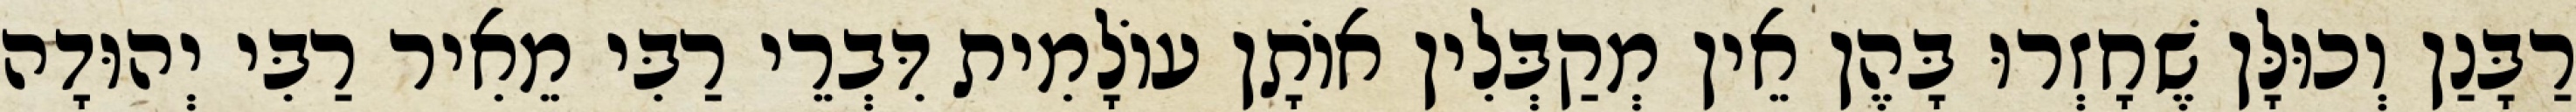
רַבָּנַן וְכוּלָּן שֶׁחָזְרוּ בָּהֶן אֵין מְקַבְּלִין אוֹתָן עוֹלָמִית דִּבְרֵי רַבִּי מֵאִיר רַבִּי יְהוּדָה